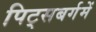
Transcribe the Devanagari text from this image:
पिट्सबर्गमें